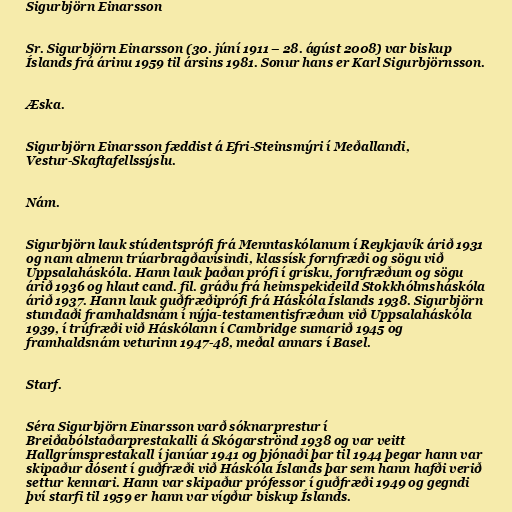
Sigurbjörn Einarsson

Sr. Sigurbjörn Einarsson (30. júní 1911 – 28. ágúst 2008) var biskup
Íslands frá árinu 1959 til ársins 1981. Sonur hans er Karl Sigurbjörnsson.

Æska.

Sigurbjörn Einarsson fæddist á Efri-Steinsmýri í Meðallandi,
Vestur-Skaftafellssýslu.

Nám.

Sigurbjörn lauk stúdentsprófi frá Menntaskólanum í Reykjavík árið 1931
og nam almenn trúarbragðavísindi, klassísk fornfræði og sögu við
Uppsalaháskóla. Hann lauk þaðan prófi í grísku, fornfræðum og sögu
árið 1936 og hlaut cand. fil. gráðu frá heimspekideild Stokkhólmsháskóla
árið 1937. Hann lauk guðfræðiprófi frá Háskóla Íslands 1938. Sigurbjörn
stundaði framhaldsnám í nýja-testamentisfræðum við Uppsalaháskóla
1939, í trúfræði við Háskólann í Cambridge sumarið 1945 og
framhaldsnám veturinn 1947-48, meðal annars í Basel.

Starf.

Séra Sigurbjörn Einarsson varð sóknarprestur í
Breiðabólstaðarprestakalli á Skógarströnd 1938 og var veitt
Hallgrímsprestakall í janúar 1941 og þjónaði þar til 1944 þegar hann var
skipaður dósent í guðfræði við Háskóla Íslands þar sem hann hafði verið
settur kennari. Hann var skipaður prófessor í guðfræði 1949 og gegndi
því starfi til 1959 er hann var vígður biskup Íslands.